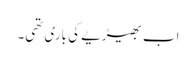
اب بھیڑیے کی باری تھی۔